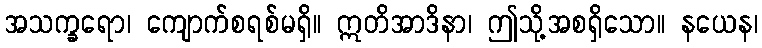
အသက္ခရော၊ ကျောက်စရစ်မရှိ။ ဣတိအာဒိနာ၊ ဤသို့အစရှိသော။ နယေန၊